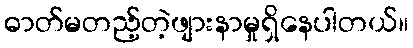
ဓာတ်မတည့်တဲ့ဖျားနာမှုရှိနေပါတယ်။